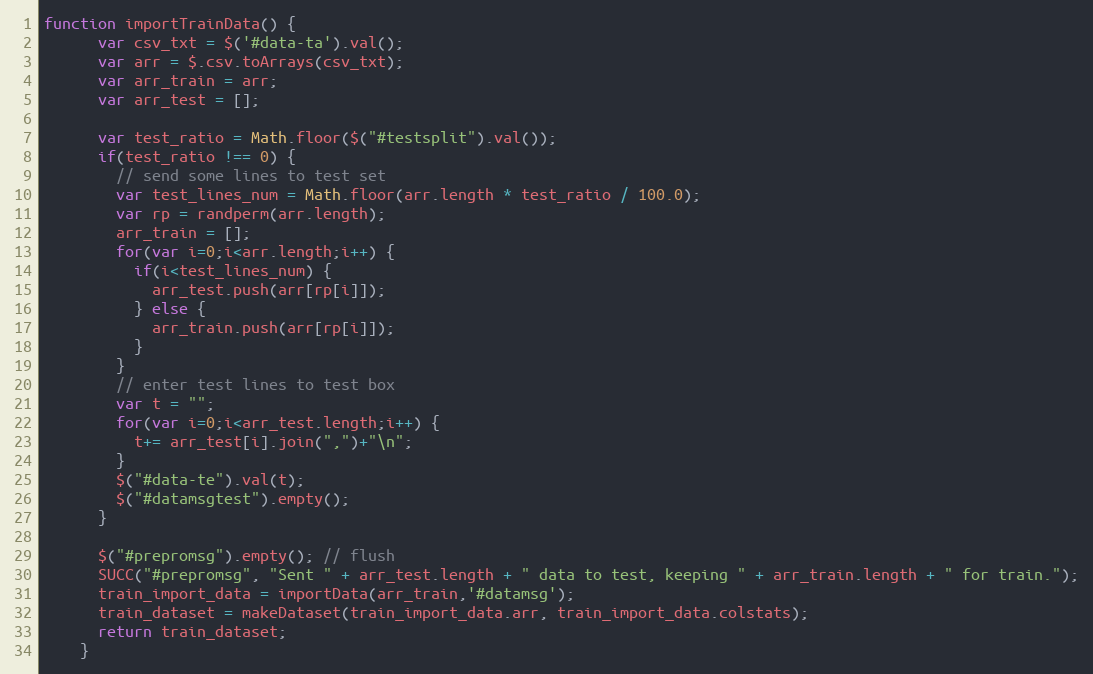
Language: JavaScript
function importTrainData() {
      var csv_txt = $('#data-ta').val();
      var arr = $.csv.toArrays(csv_txt);
      var arr_train = arr;
      var arr_test = [];

      var test_ratio = Math.floor($("#testsplit").val());
      if(test_ratio !== 0) {
        // send some lines to test set
        var test_lines_num = Math.floor(arr.length * test_ratio / 100.0);
        var rp = randperm(arr.length);
        arr_train = [];
        for(var i=0;i<arr.length;i++) {
          if(i<test_lines_num) {
            arr_test.push(arr[rp[i]]);
          } else {
            arr_train.push(arr[rp[i]]);
          }
        }
        // enter test lines to test box
        var t = "";
        for(var i=0;i<arr_test.length;i++) {
          t+= arr_test[i].join(",")+"\n";
        }
        $("#data-te").val(t);
        $("#datamsgtest").empty();
      }

      $("#prepromsg").empty(); // flush
      SUCC("#prepromsg", "Sent " + arr_test.length + " data to test, keeping " + arr_train.length + " for train.");
      train_import_data = importData(arr_train,'#datamsg');
      train_dataset = makeDataset(train_import_data.arr, train_import_data.colstats);
      return train_dataset;
    }